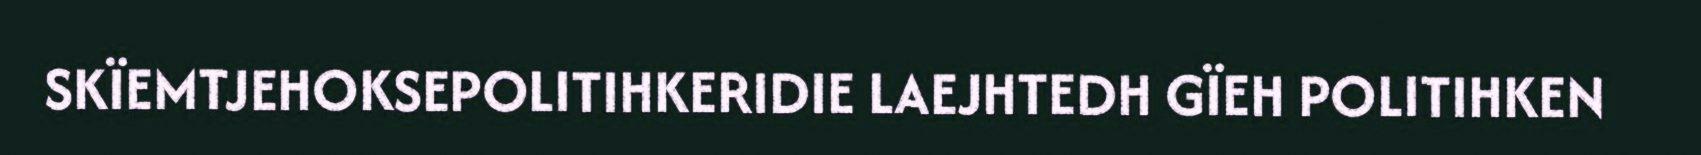
SKÏEMTJEHOKSEPOLITIHKERIDIE LAEJHTEDH GÏEH POLITIHKEN